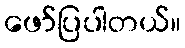
ဖော်ပြပါတယ်။